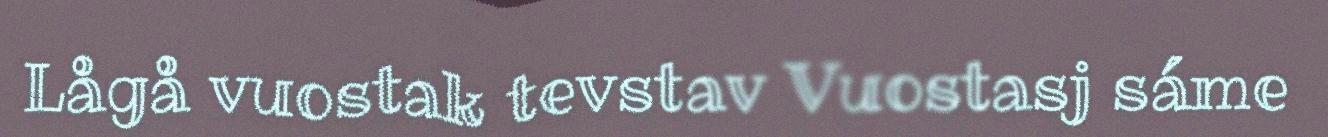
Lågå vuostak tevstav Vuostasj sáme